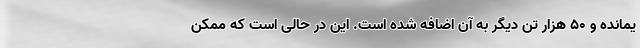
یمانده و ۵۰ هزار تن دیگر به آن اضافه شده است. این در حالی است که ممکن